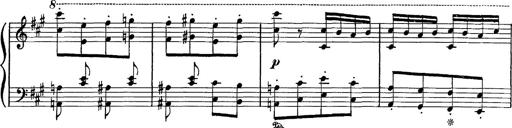
Title: Hungarian Rhapsody No.16
Composer: Franz Liszt
Key: A minor